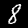
Label: 8